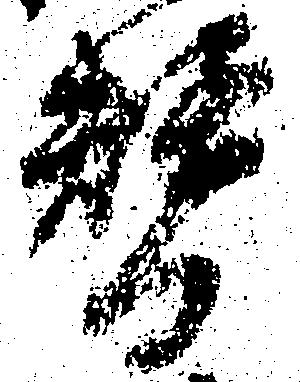
替